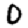
Digit: 0